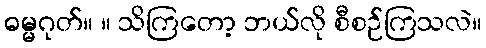
ဓမ္မဂုတ်။ ။ သိကြတော့ ဘယ်လို စီစဉ်ကြသလဲ။